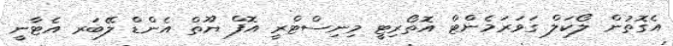
އެގޮތުން ލޯކަލް ގަވަރަމެންޓް އޮތޯރިޓީ މިނިސްޓްރީ އޮފް ޔޫތް އެންޑް ލޭބަރ އެޓާނީ